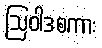
ဩဝါဒစကား